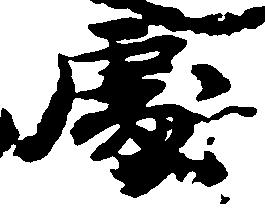
処